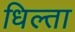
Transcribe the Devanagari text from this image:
धिल्ता